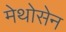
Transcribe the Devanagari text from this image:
मेथोसेन